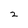
Character: 2